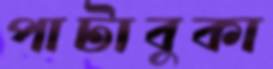
পাটাবুকা